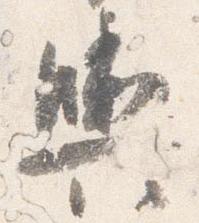
輿